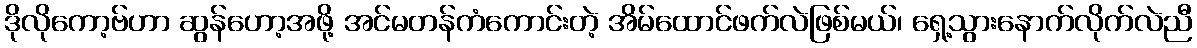
ဒိုလိုကော့ဗ်ဟာ ဆွန်ဟော့အဖို့ အင်မတန်ကံကောင်းတဲ့ အိမ်ထောင်ဖက်လဲဖြစ်မယ်၊ ရှေ့သွားနောက်လိုက်လဲညီ